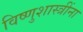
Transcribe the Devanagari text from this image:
विष्णुशास्त्रींना